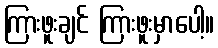
ကြားဖူးချင် ကြားဖူးမှာပေါ့။